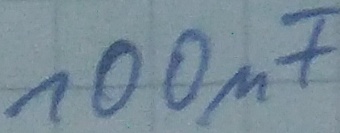
Text: 100µF